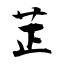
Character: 芷